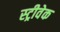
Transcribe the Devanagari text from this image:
स्ट्रीवेक